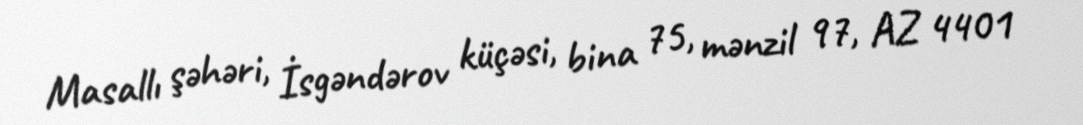
Masallı şəhəri, İsgəndərov küçəsi, bina 75, mənzil 97, AZ 4401